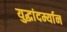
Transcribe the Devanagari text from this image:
युद्धांदर्म्यान